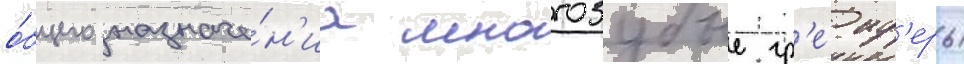
о́бщего назначе́н'иа многозубые гр'еиф'еры